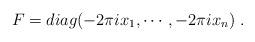
LaTeX: \begin{align*}F=diag(-2\pi i x_{1},\cdots ,-2\pi i x_{n}) \; .\end{align*}